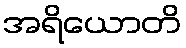
အရိယောတိ